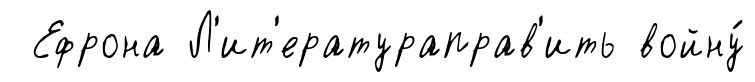
Ефрона Л'ит'ератураправ'ить войну́